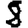
Digit: 8